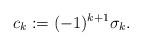
LaTeX: \begin{gather*} c_k:= (-1)^{k+1} \sigma_k .\end{gather*}